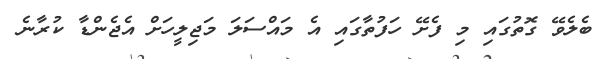
ބެލެވޭ ގޮތުގައި މި ފެށޭ ހަފުތާގައި އެ މައްސަލަ މަޖިލީހަށް އެޖެންޑާ ކުރާނެ